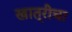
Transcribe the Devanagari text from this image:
खात्रीचा